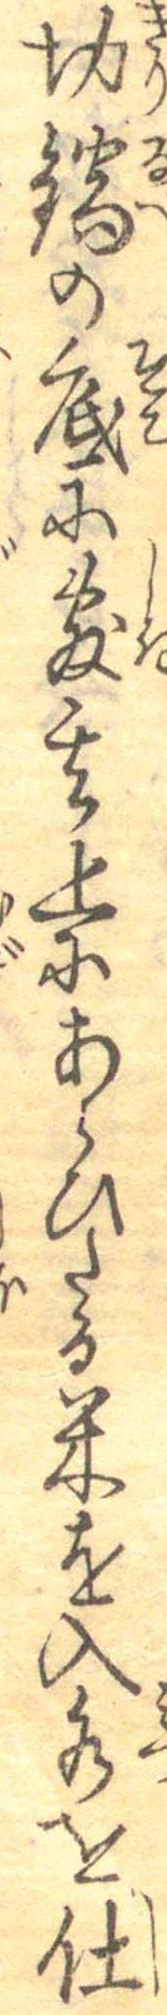
切鍋の底に敷其上にあらひたる米を入水を仕